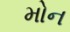
મોન